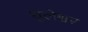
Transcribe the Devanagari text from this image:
धुलेश्वर